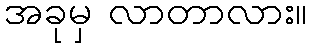
အခုမှ လာတာလား။